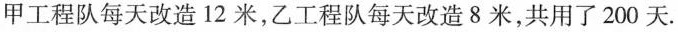
甲工程队每天改造12米，乙工程队每天改造8米，共用了200天.